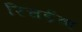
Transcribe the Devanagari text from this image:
रिचर्डचा